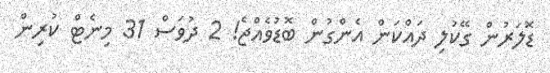
ޑޮލަރުން ގޭކުލި ދައްކަން އެންގުން ބޮޑުވެއްޖެ! 2 ދުވަސް 31 މިނެޓް ކުރިން